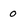
Character: o